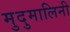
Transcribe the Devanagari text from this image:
मुदुमालिनी